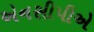
એનસીપીએ